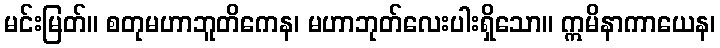
မင်းမြတ်။ စတုမဟာဘူတိကေန၊ မဟာဘုတ်လေးပါးရှိသော။ ဣမိနာကာယေန၊